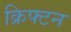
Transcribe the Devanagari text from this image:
क्रिफ्टन